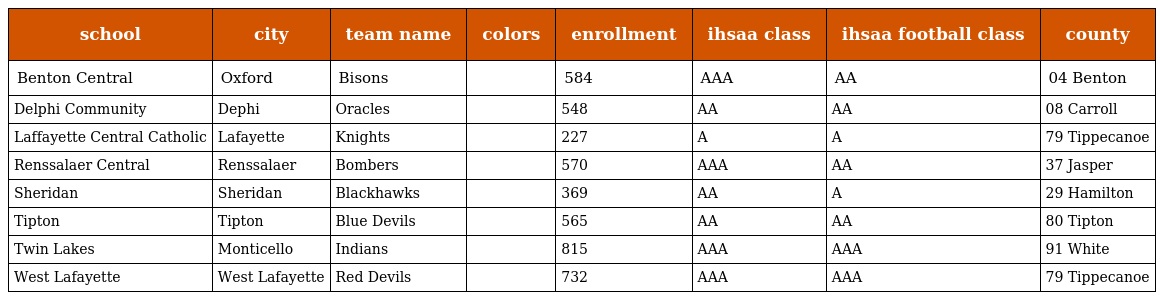
| school | city | team name | colors | enrollment | ihsaa class | ihsaa football class | county |
 | --- | --- | --- | --- | --- | --- | --- | --- |
 | Benton Central | Oxford | Bisons |  | 584 | AAA | AA | 04 Benton |
 | Delphi Community | Dephi | Oracles |  | 548 | AA | AA | 08 Carroll |
 | Laffayette Central Catholic | Lafayette | Knights |  | 227 | A | A | 79 Tippecanoe |
 | Renssalaer Central | Renssalaer | Bombers |  | 570 | AAA | AA | 37 Jasper |
 | Sheridan | Sheridan | Blackhawks |  | 369 | AA | A | 29 Hamilton |
 | Tipton | Tipton | Blue Devils |  | 565 | AA | AA | 80 Tipton |
 | Twin Lakes | Monticello | Indians |  | 815 | AAA | AAA | 91 White |
 | West Lafayette | West Lafayette | Red Devils |  | 732 | AAA | AAA | 79 Tippecanoe |